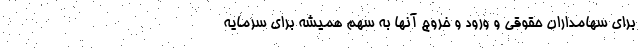
برای سهامداران حقوقی و ورود و خروج آنها به سهم همیشه برای سرمایه‌